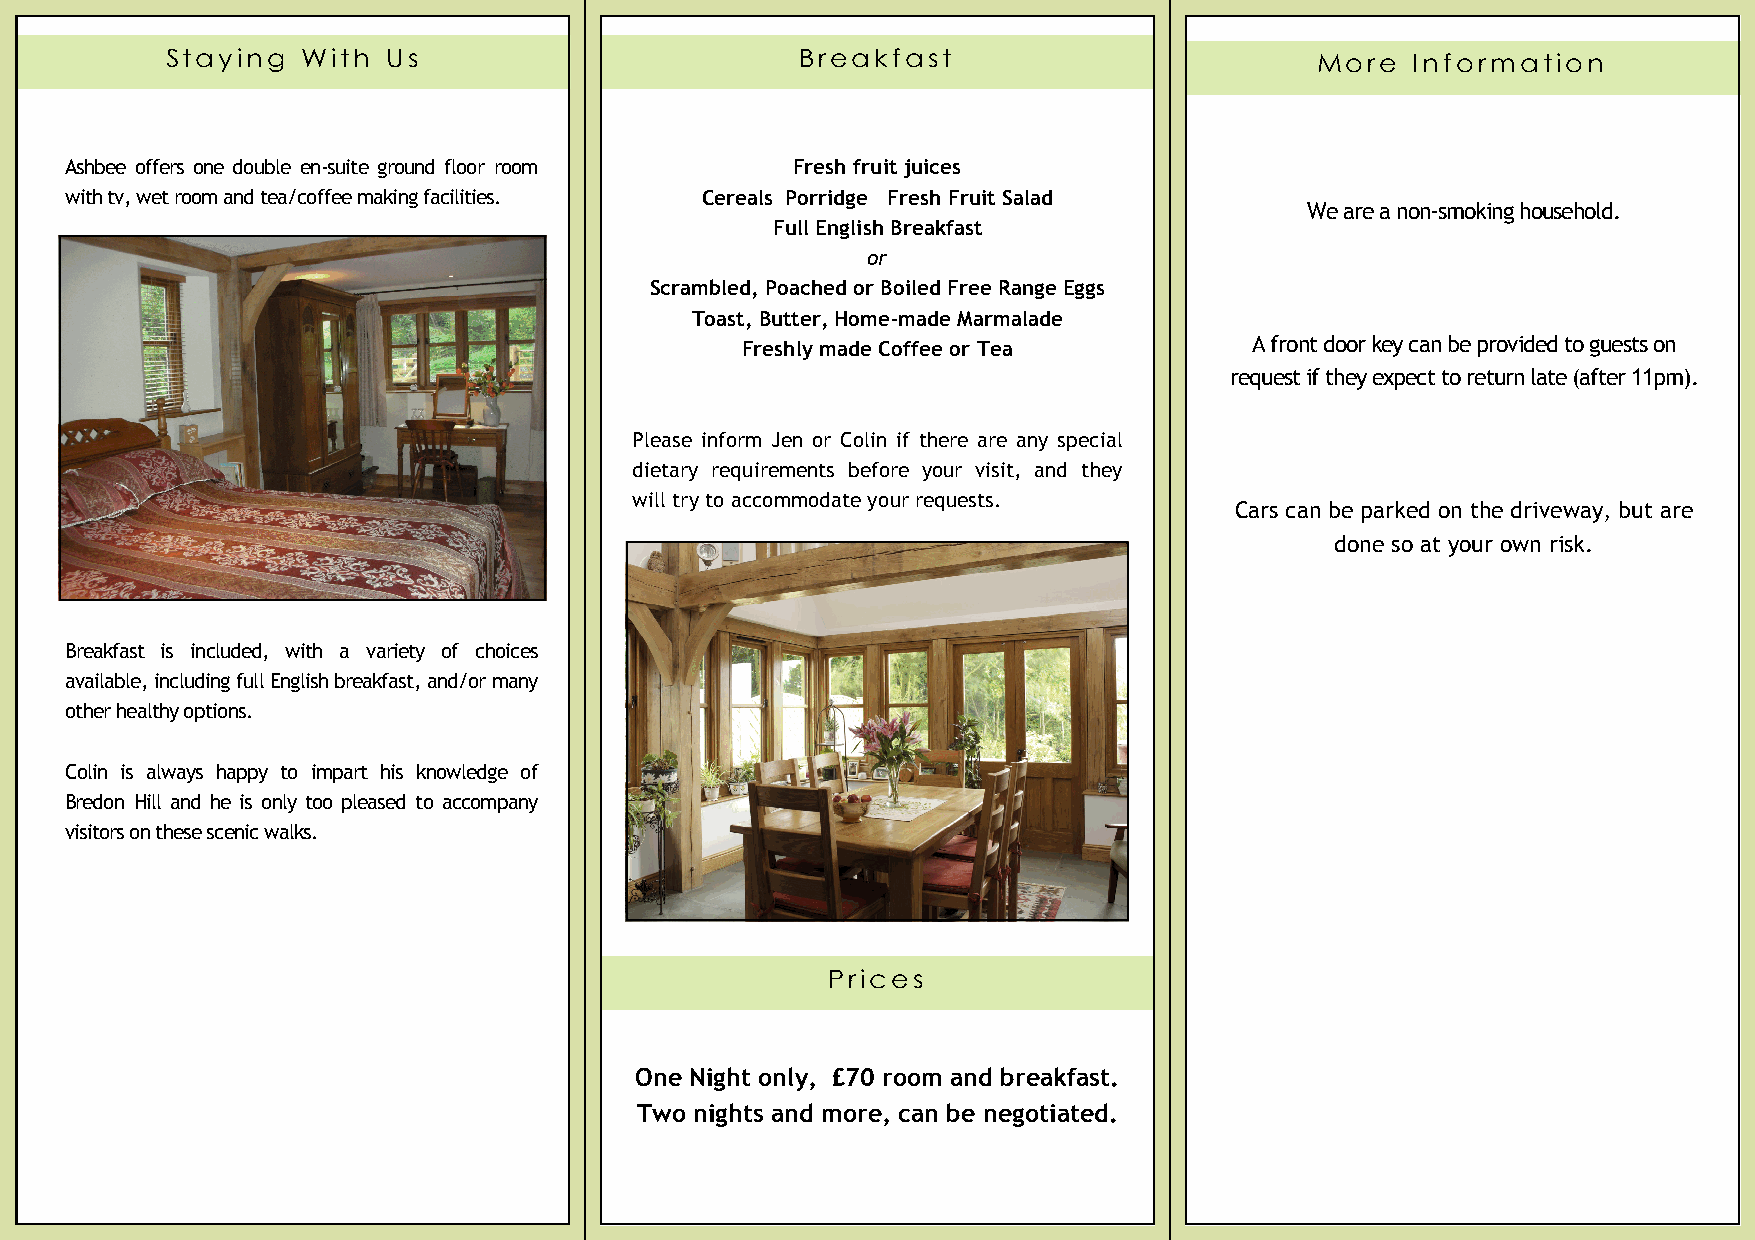
Staying  With  Us                         Breakfast                         More   Information
 Ashbee offers one double en-suite ground floor room Fresh fruit juices
 with tv, wet room and tea/coffee making facilities. Cereals Porridge Fresh Fruit Salad
 We are a non-smoking household.
 Full English Breakfast
 or
 Scrambled, Poached or Boiled Free Range Eggs
 Toast, Butter, Home-made Marmalade
 Freshly made Coffee or Tea        A front door key can be provided to guests on
 request if they expect to return late (after 11pm).
 Please inform Jen or Colin if there are any special
 dietary requirements before your visit, and they
 will try to accommodate your requests.
 Cars can be parked on the driveway, but are
 done so at your own risk.
 Breakfast is included, with a variety of choices
 available, including full English breakfast, and/or many
 other healthy options.
 Colin is always happy to impart his knowledge of
 Bredon Hill and he is only too pleased to accompany
 visitors on these scenic walks.
 Prices                     Wood Lane, Ashton-Under-Hill, Nr Evesham, WORCS. WR11 7SQ
 One Night only, £70 room and breakfast.
 H0EM EW-m1mooo3amabo8iiile6lld :: e : jc : L8 ajc.a8n0a.n1a7sde2sh , 7hF6 b6baA6e7ex eseh 2@:@ 0to b5bn 9tti- 6inUnt8ent erdrnne ere- tt.H c.coioll m,m N r Evesham, WORCS. WR11 7SQ.
 Two nights and more, can be negotiated.